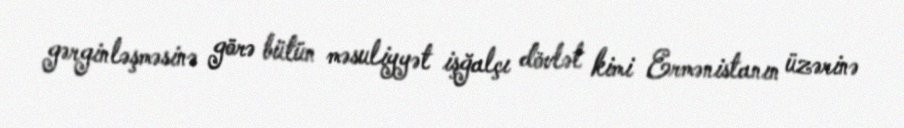
gərginləşməsinə görə bütün məsuliyyət işğalçı dövlət kimi Ermənistanın üzərinə